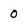
Character: 0